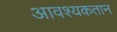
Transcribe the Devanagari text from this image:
आवश्यकतान